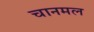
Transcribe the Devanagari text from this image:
चानमल